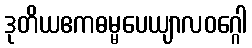
ဒုတိယဧကဓမ္မပေယျာလဝဂ္ဂေါ